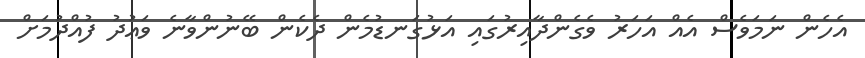
އެހެން ނަމަވެސް އެއް އަހަރު ވެގެންދާއިރުގައި އަޅުގަނޑުމެން ދެކެން ބޭނުންވާނެ ވަޢުދު ފުއްދުމަށް